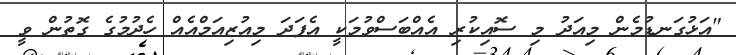
"އަޅުގަނޑުމެން މިއަދު މި ސޮއިކުރި އެއްބަސްވުމަކީ އެފަދަ މިއުޒިއަމްއެއް ހެދުމުގެ ގޮތުން ވީ